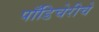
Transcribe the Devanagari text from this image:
पाँडिचेरीचे